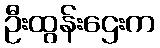
ဦးထွန်းဌေးက